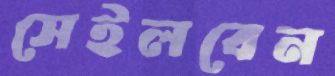
সেইলবেন